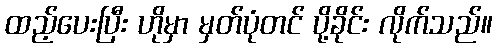
ထည့်ပေးပြီး ဟိုမှာ မှတ်ပုံတင် ပို့ခိုင်း လိုက်သည်။